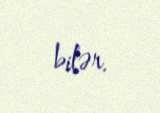
bilər.